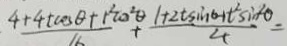
\frac { 4 + 4 t \cos \theta + t ^ { 2 } 0 \cos ^ { 2 } \theta } { 1 6 } + \frac { 1 + 2 t \sin \theta + t ^ { 2 } \sin ^ { 2 } \theta } { 4 } =